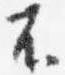
不